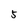
Character: 5